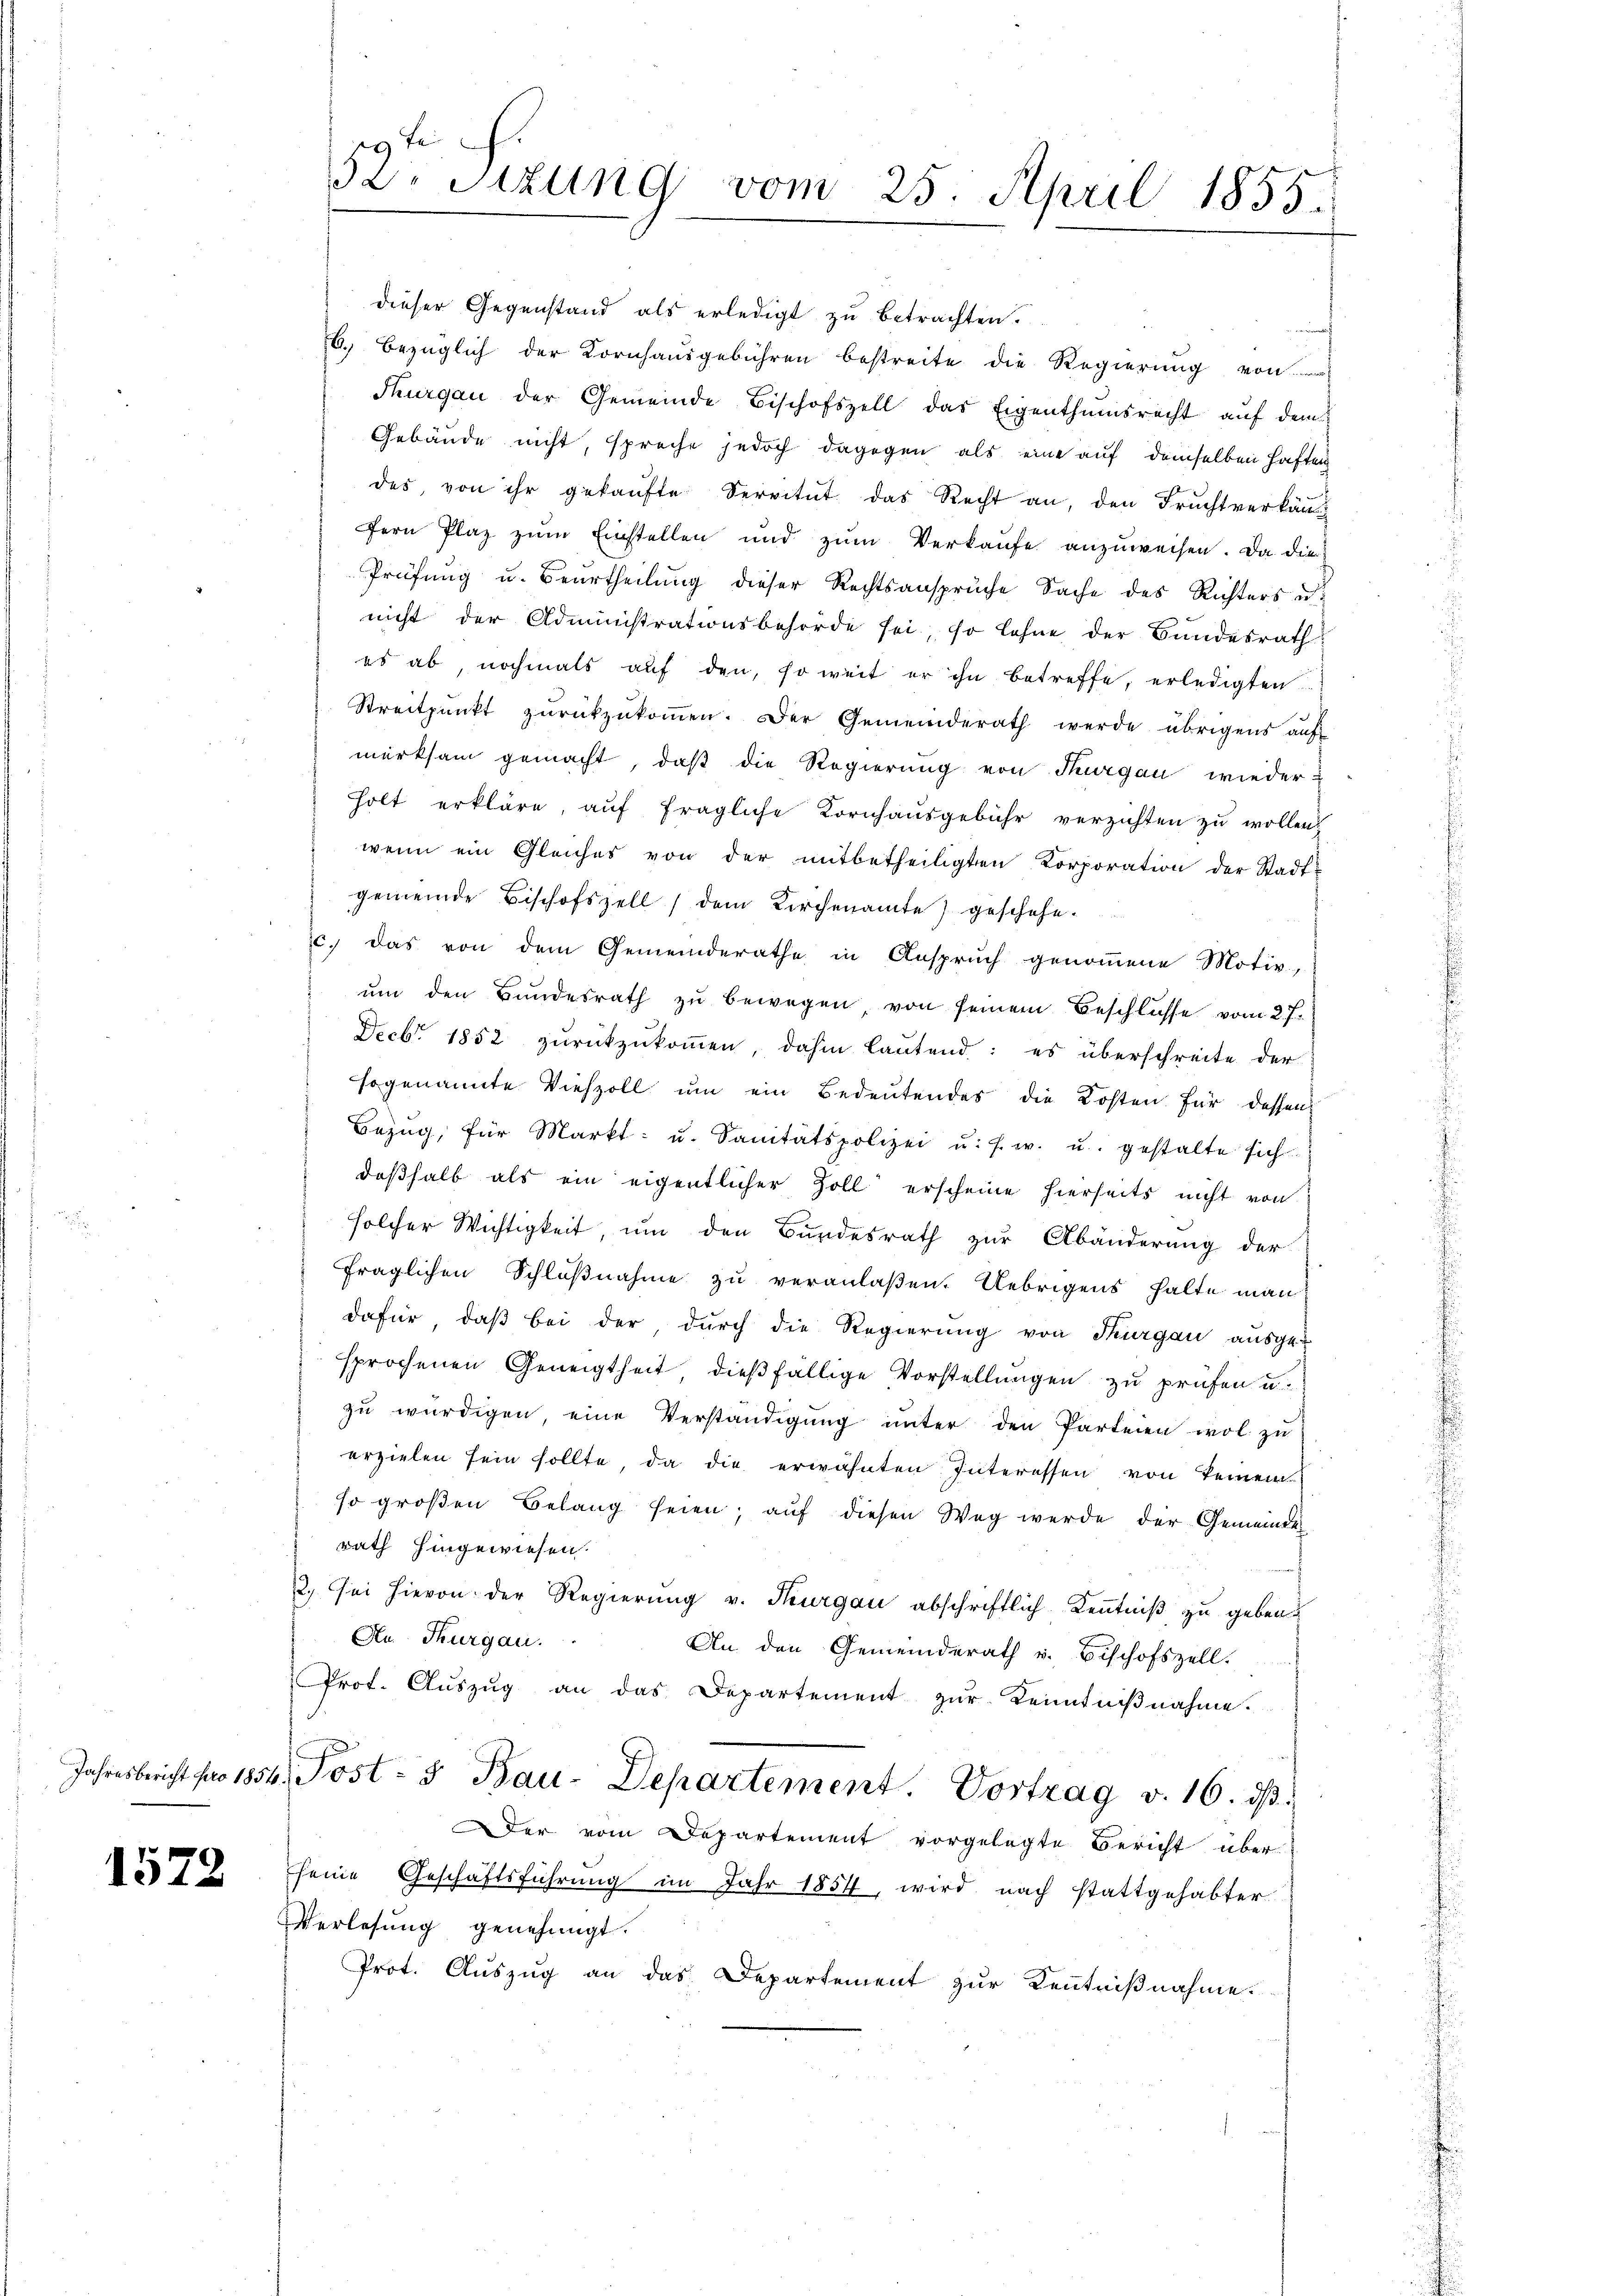
Jahresbericht pro 1854

1572

52. Sitzung vom 25. April 1855.

dieser Gegenstand als erledigt zu betrachten.
6. bezüglich der Kornhausgebühren bestreite die Regierung von
Thurgau der Gemeinde Bischofszell das Eigenthumsrecht auf dem
Gebäude nicht, spreche jedoch dagegen als eine auf demselben haften
des, von ihr gekaŭfte Servitŭt das Recht an, den Fruchtverkäufern Plaz zum Einstellen und zŭm Verkaufe anzuweisen. Da die
Prüfung u. Beurtheilung dieser Rechtsanspruche Sache des Richters u
nicht der Administrationsbehörde sei, so lehne der Bundesrath
es ab, nochmals aŭf den, so weit er ihn betreffe, erledigten
Streitpunkt zŭrückzŭkoṁen. Der Gemeinderath werde übrigens auf
merksam gemacht, daß die Regierung von Thurgau wieder
holt erkläre, auf fragliche Kornhausgebühr verzichten zu wollen.
wenn ein Gleiches von der mitbetheiligten Korporation der Stadt-
gemeinde Bischofszell dem Kirchenamte geschehe.
c. das von dem Gemeinderathe in Anspruch genommene Motiv,
ŭm den Bundesrath zu bewegen von seinem Beschlüsse vom 27.
 Decbr. 1852 zŭrückzŭkoṁen, dahin laŭtend: es überschreite der
sogenannte Viehzoll um ein Bedeutendes die Kosten für dessen
Bezŭg, für Markt- u. Sanitätspolizei u. s. w. u. gestalte sich
daßhalb als ein eigentlicher Zoll erscheine hierseits nicht von
solcher Wichtigkeit, um den Bundesrath zur Abänderung der
fraglichen Schlußnahme zu veranlaßen. Uebrigens halte man
dafür, daβ bei der dŭrch die Regierŭng von Thurgau aŭsge-
sprochenen Geneigtheit, dießfällige Vorstellungen zu prüfen u.
zu würdigen eine Verständigung unter den Parteien wol zu
erzielen sein sollte, da die erwähnten Interessen von keinem
so großen Belang seien; auf diesen Weg werde der Gemeinde
rath hingewiesen.
2., sei hievon der Regierung v. Thurgau abschriftlich Kenntniß zu geben
An Thurgau.
An den Gemeinderath u. Bischofszell.
Prot. Auszug an das Departement zur Kenntniβnahme.
. Post- & Bau-Departement. Vortrag v. 16. ds.
Der vom Departement vorgelegte Bericht überseine Geschäftsführung im Jahr 1854, wird nach stattgehabter
Verlesung genehmigt.
Prot. Auszug an das Departement zur Kenntnißnahme.